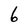
Character: 6